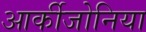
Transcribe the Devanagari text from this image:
आर्कीजोनिया